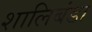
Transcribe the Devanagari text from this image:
शालिबंडा